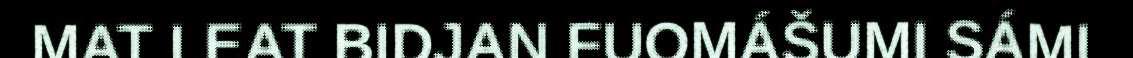
MAT LEAT BIDJAN FUOMÁŠUMI SÁMI